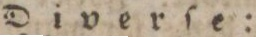
Diverſe: